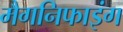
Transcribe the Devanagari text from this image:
मैगनिफाइंग